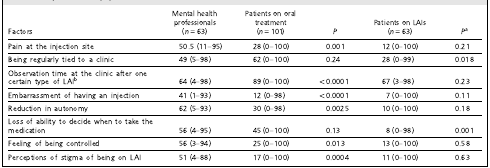
<table><thead><tr><td><b>Factors</b></td><td><b>Mental healthprofessionals(<i>n</i> = 63)</b></td><td><b>Patients on oraltreatment(<i>n</i> = 101)</b></td><td><b><i>P</i></b></td><td><b>Patients on LAIs(<i>n</i> = 63)</b></td><td><b><i>P</i><sup>a</sup></b></td></tr></thead><tbody><tr><td>Pain at the injection site</td><td>50.5 (11–95)</td><td>28 (0–100)</td><td>0.001</td><td>12 (0–100)</td><td>0.21</td></tr><tr><td>Being regularly tied to a clinic</td><td>49 (5–98)</td><td>62 (0–100)</td><td>0.24</td><td>28 (0–99)</td><td>0.018</td></tr><tr><td>Observation time at the clinic after onecertain type of LAI<sup>b</sup></td><td>64 (4–98)</td><td>89 (0–100)</td><td>&lt;0.0001</td><td>67 (3–98)</td><td>0.23</td></tr><tr><td>Embarrassment of having an injection</td><td>41 (1–93)</td><td>12 (0–98)</td><td>&lt;0.0001</td><td>7 (0–100)</td><td>0.11</td></tr><tr><td>Reduction in autonomy</td><td>62 (5–93)</td><td>30 (0–98)</td><td>0.0025</td><td>10 (0–100)</td><td>0.18</td></tr><tr><td>Loss of ability to decide when to take themedication</td><td>56 (4–95)</td><td>45 (0–100)</td><td>0.13</td><td>8 (0–98)</td><td>0.001</td></tr><tr><td>Feeling of being controlled</td><td>56 (3–94)</td><td>25 (0–100)</td><td>0.013</td><td>13 (0–100)</td><td>0.58</td></tr><tr><td>Perceptions of stigma of being on LAI</td><td>51 (4–88)</td><td>17 (0–100)</td><td>0.0004</td><td>11 (0–100)</td><td>0.63</td></tr></tbody></table>